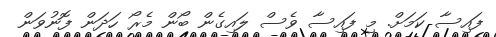
ފައިސާ ކަމަށް. މި ފައިސާ ވެސް ލައިގެން ބޯން މެރޯ ހަދަން ފޮނުވަން